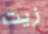
زيت